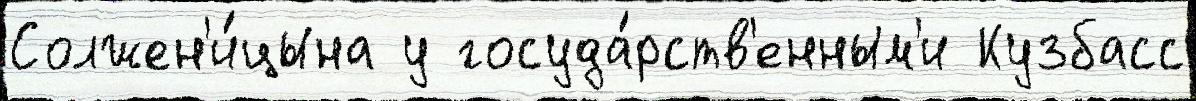
Солжен'и́цына у госуда́рств'енным'и Кузбасс